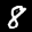
Label: 8